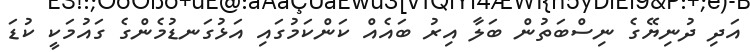
އަދި ދުނިޔޭގެ ނިސްބަތުން ބަލާ އިރު ބައެއް ކަންކަމުގައި އަޅުގަނޑުމެންގެ ގައުމަކީ ކުޑަ